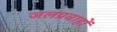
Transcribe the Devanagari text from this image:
जलप्रवाहों